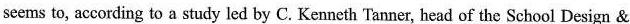
seems to, according to a study led by C. Kenneth Tanner, head of the School Design &